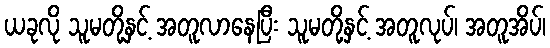
ယခုလို သူမတို့နှင့် အတူလာနေပြီး သူမတို့နှင့် အတူလုပ်၊ အတူအိပ်၊